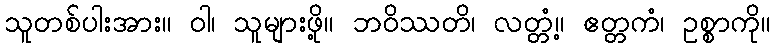
သူတစ်ပါးအား။ ဝါ၊ သူများဖို့။ ဘဝိဿတိ၊ လတ္တံ့။ ဧတ္တကံ၊ ဥစ္စာကို။